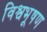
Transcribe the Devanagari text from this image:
विश्वभूषण